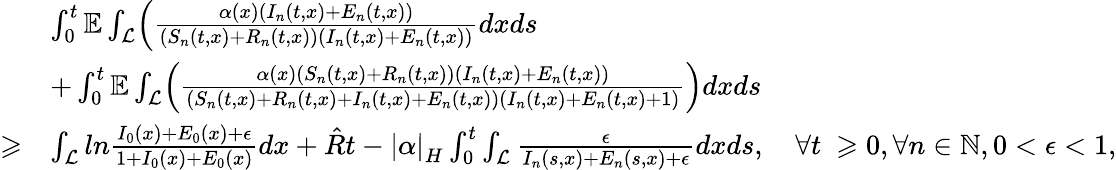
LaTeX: \begin{array}{rl}&{\int_{0}^{t}\mathbb{E}\int_{\mathcal{L}}\Bigl(\frac{\alpha(x)(I_{n}(t,x)+E_{n}(t,x))}{(S_{n}(t,x)+R_{n}(t,x))(I_{n}(t,x)+E_{n}(t,x))}dxds}\\ &{+\int_{0}^{t}\mathbb{E}\int_{\mathcal{L}}\Bigl(\frac{\alpha(x)(S_{n}(t,x)+R_{n}(t,x))(I_{n}(t,x)+E_{n}(t,x))}{(S_{n}(t,x)+R_{n}(t,x)+I_{n}(t,x)+E_{n}(t,x))(I_{n}(t,x)+E_{n}(t,x)+1)}\Bigr)dxds}\\ {\geqslant}&{\int_{\mathcal{L}}ln\frac{I_{0}(x)+E_{0}(x)+\epsilon}{1+I_{0}(x)+E_{0}(x)}dx+\hat{R}t-\left|\alpha\right|_{H}\int_{0}^{t}\int_{\mathcal{L}}\frac{\epsilon}{I_{n}(s,x)+E_{n}(s,x)+\epsilon}dxds,\quad\forall t\ \geqslant 0,\forall n\in\mathbb{N},0<\epsilon<1,}\end{array}